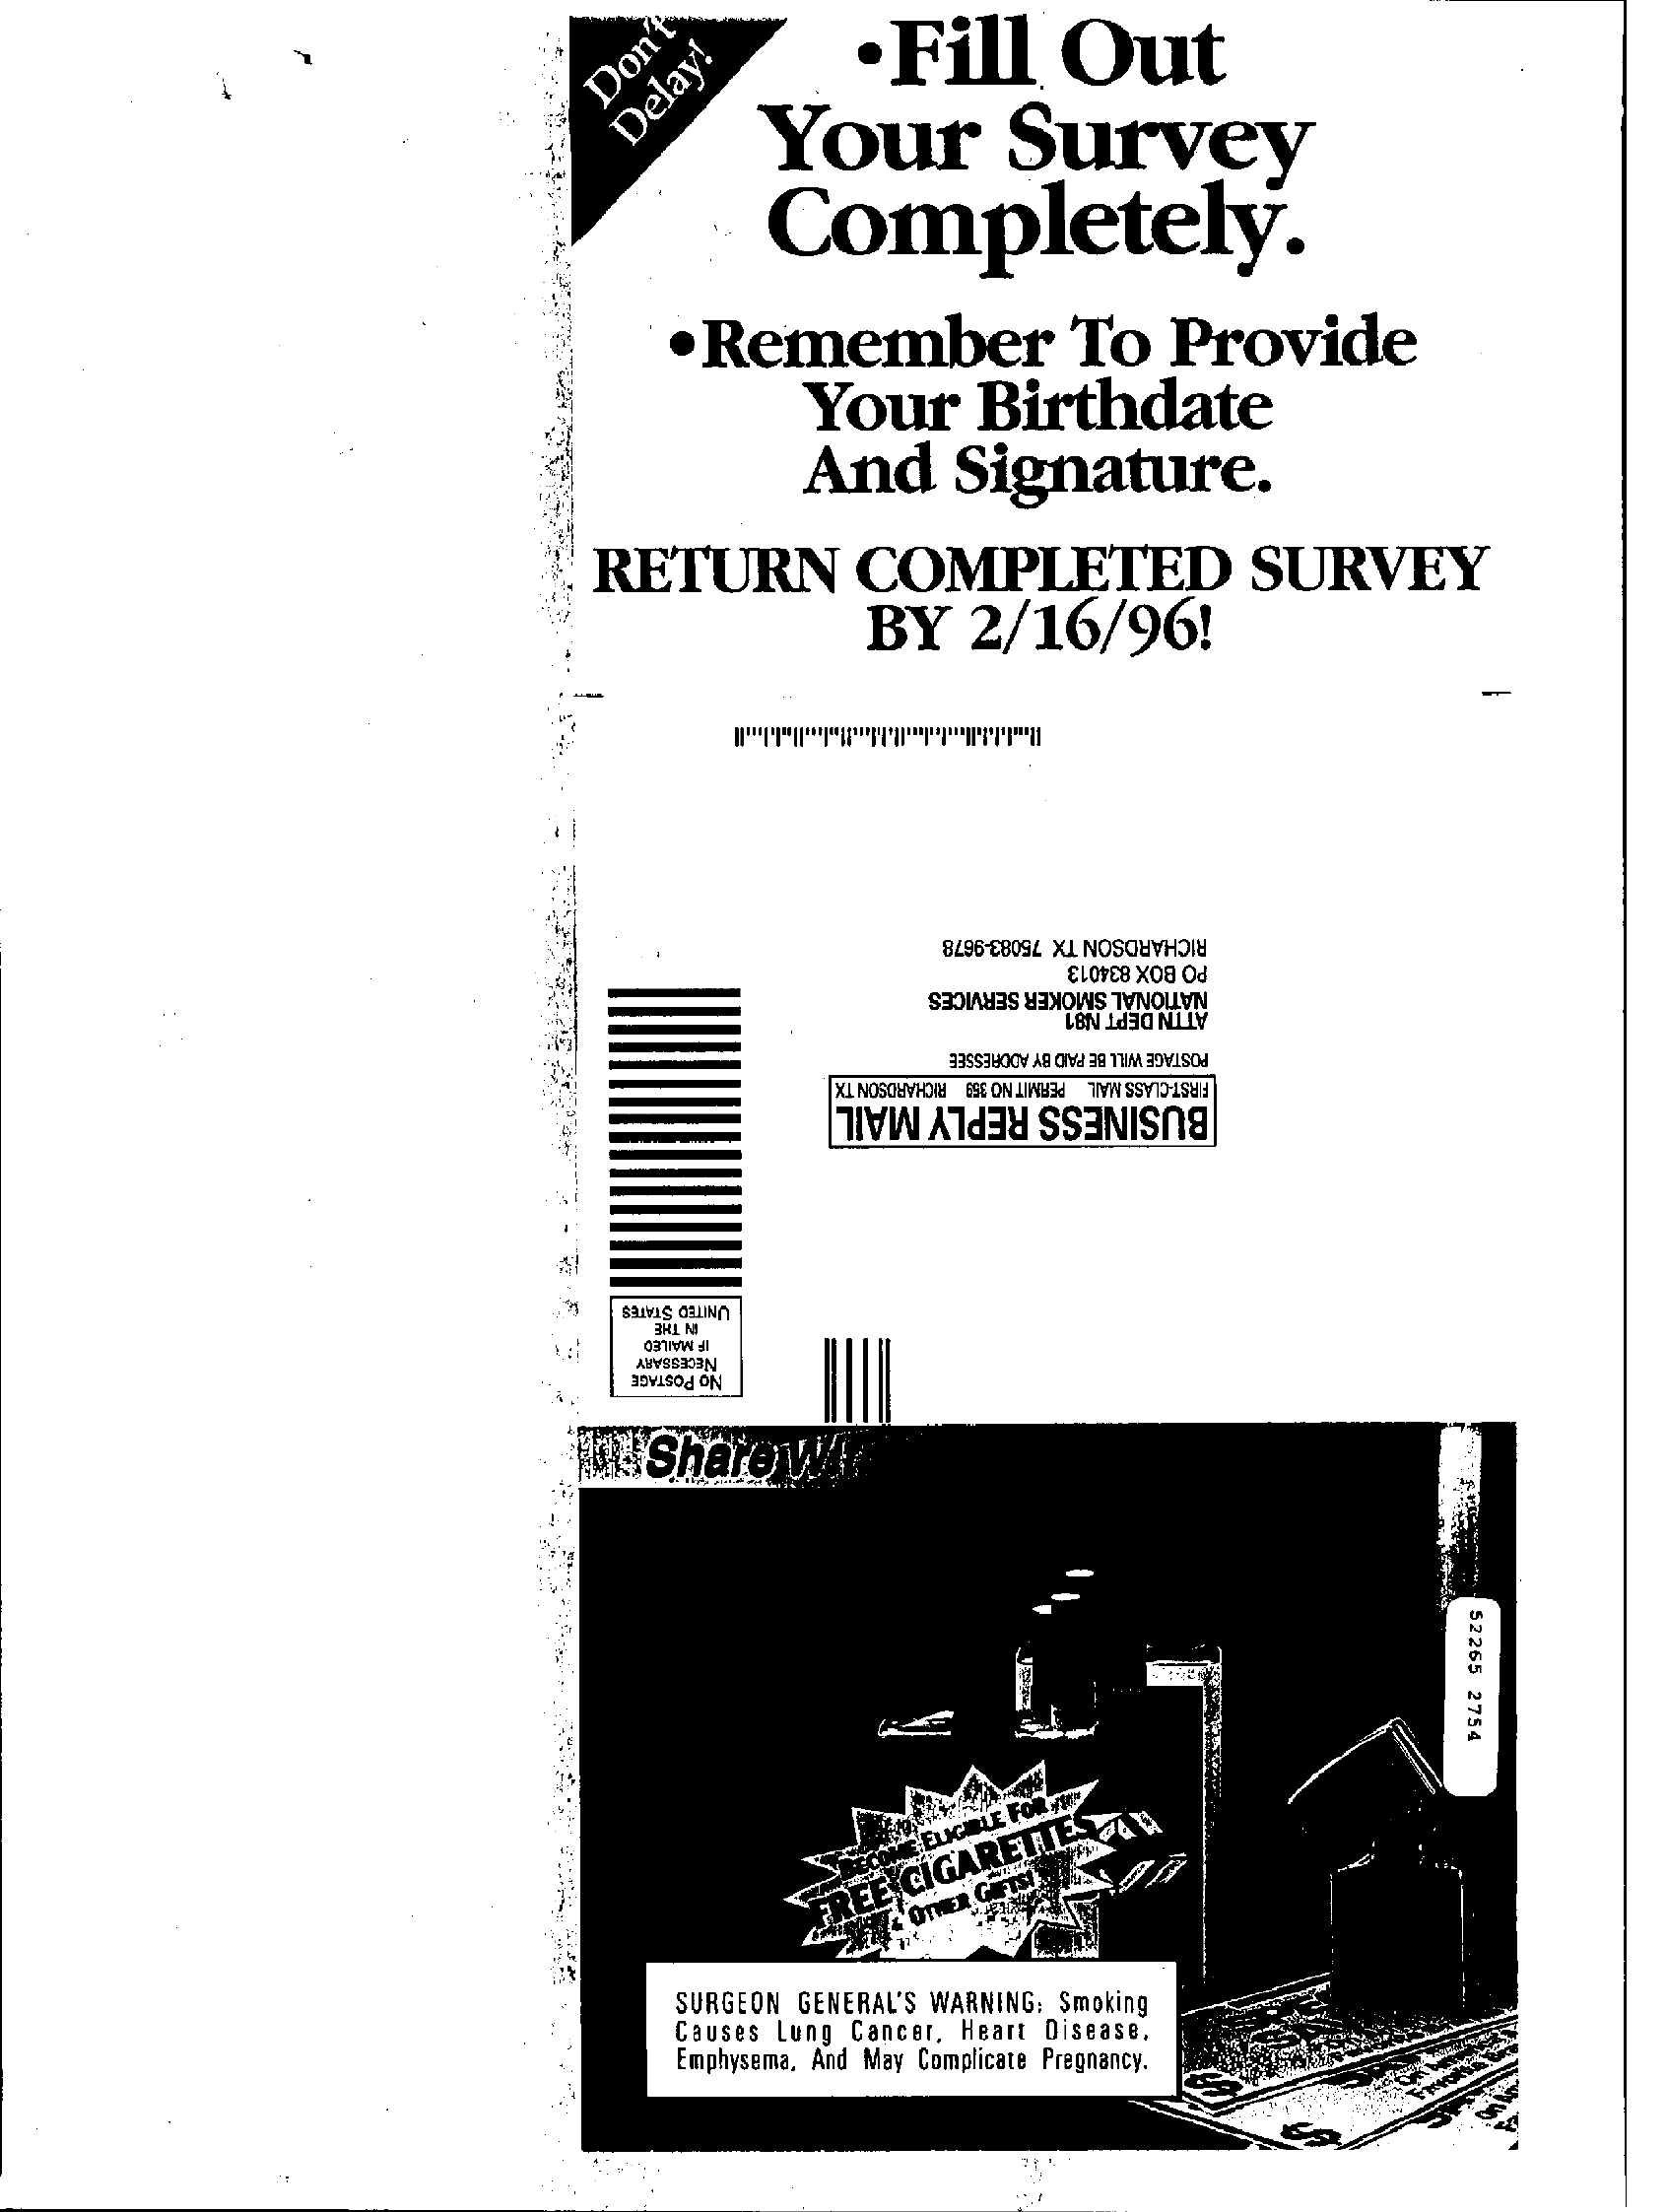
·  Fill    Out Don't Delay!
     Your    Survey
     Completely.
     Remember    To    Provide
     Your    Birthdate
     And    Signature.
     RETURN    COMPLETED    SURVEY
     BY    2/16/96!
     RICHARDSON TX 75083-9678
     PO BOX 834013
     NATIONAL SMOKER SERVICES
     ATTN DEPT N81
     POSTAGE WILL BE PAID BY ADORESSEE
     PERMIT NO 359 RICHARDSON TX FIRST-CLASS MAIL
     BUSINESS REPLY MAIL
     UNITED STATES
     NECESSARY
     No POSTAGE
     Share    Wir
     52265
     2754
     BLE FOR  THE
     CIGARETTE
     SURGEON    GENERAL'S    WARNING:    Smoking
     Causes    Lung   Cancer,    Heart    Disease,
     Emphysema,    And  May  Complicate   Pregnancy.